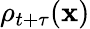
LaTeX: \rho_{t+\tau}(\mathbf{x})